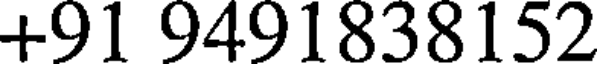
+91 9491838152